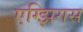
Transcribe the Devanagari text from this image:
एग्झिगस